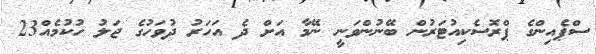
ސްޕެއިންގެ ޕްރޮސެކިއުޓަރުން ބޭނުންވަނީ ނޭމާ އަށް ދެ އަހަރު ދުވަހުގެ ޖަލު ހުކުމެއް23